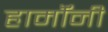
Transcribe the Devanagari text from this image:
हार्मॉनी